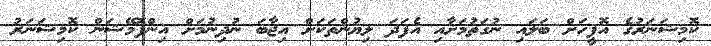
ކޮމިޝަނަރުގެ އޮފީހަށް ބަލައި ނުގަތުމަށާއި އެފަދަ ލިޔުންތަކަށް އިޖާބަ ނުދިނުމަށް އިންފޮމޭޝަން ކޮމިޝަނަރު